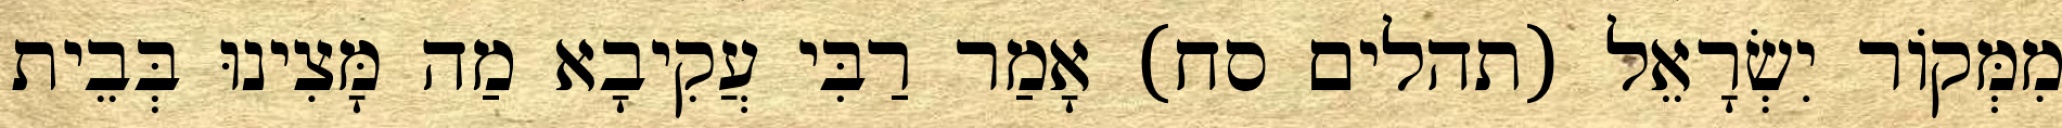
מִמְּקוֹר יִשְׂרָאֵל (תהלים סח) אָמַר רַבִּי עֲקִיבָא מַה מָּצִינוּ בְּבֵית